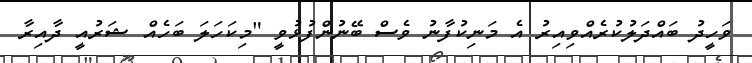
ވަހީދު ބައްދަލުކުރެއްވިއިރު އެ މަނިކުފާނު ވެސް ބޭނުންފުޅުވީ "މިކަހަލަ ބަހެއް ޝަރުއީ ދާއިރާ